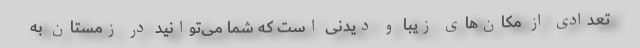
تعدادی از مکان‌های زیبا و دیدنی است که شما می‌توانید در زمستان به